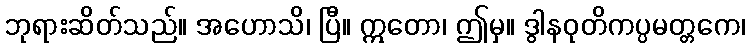
ဘုရားဆိတ်သည်။ အဟောသိ၊ ပြီ။ ဣတော၊ ဤမှ။ ဒွါနဝုတိကပ္ပမတ္တကေ၊